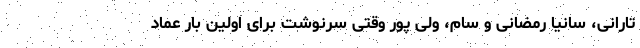
تارانی، سانیا رمضانی و سام، ولی پور وقتی سرنوشت برای اولین بار عماد